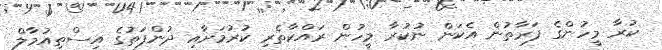
ކުރާ މީހުންގެ ފަރާތުން އެކަން ނުކުރާ މީހުން ރައްކާތެރި ކުރުމަށާއި ދުންފަތުގެ އިސްތިއުމާލް